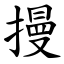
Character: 摱